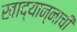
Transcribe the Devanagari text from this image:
खाद्यान्नाची